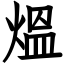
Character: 熅